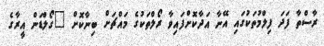
ރާސްތާ ފަދަ ފިލްމުތަކުގައި އޭނާ އަދާކޮށްފައިވާ ރޯލްތަކުގެ މައްޗަށް ބިނާކޮށް "ގޯލްޑަން އީރާގެ